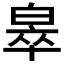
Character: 𬐎